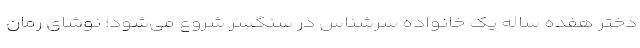
دختر هفده ساله یک خانواده سرشناس در سنگسر شروع می‌شود؛ نوشای رمان